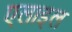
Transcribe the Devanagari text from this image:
एलाइल